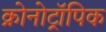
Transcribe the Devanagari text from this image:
क्रोनोट्रॉपिक